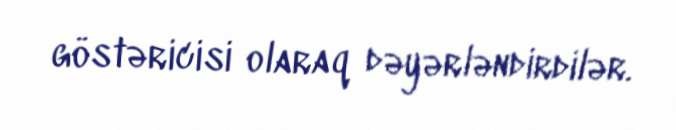
göstəricisi olaraq dəyərləndirdilər.